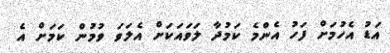
އަޑު އެހުމަށް ފަހު އެންމެ ކަމުދާ ލަވައަކަށް އެލަވަ ވުމުން ކަމަށް އެ